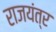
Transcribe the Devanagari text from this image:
राजयंत्र